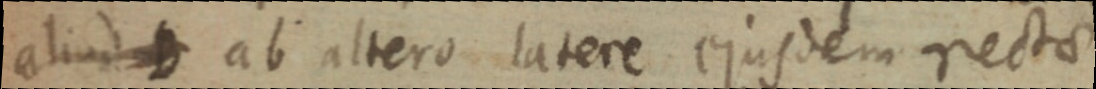
aliud B ab altero latere ejusdem recto